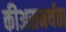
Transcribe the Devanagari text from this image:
कीअसमर्थता